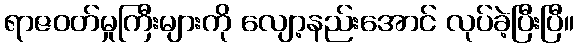
ရာဇဝတ်မှုကြီးများကို လျော့နည်းအောင် လုပ်ခဲ့ပြီးပြီ။